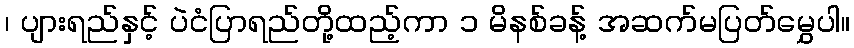
၊ ပျားရည်နှင့် ပဲငံပြာရည်တို့ထည့်ကာ ၁ မိနစ်ခန့် အဆက်မပြတ်မွှေပါ။